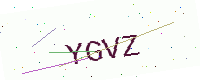
Text: YGVZ